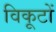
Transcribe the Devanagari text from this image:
विकूटों